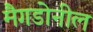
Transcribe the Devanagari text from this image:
मैगडोनील